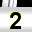
Digit: 2